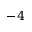
- 4